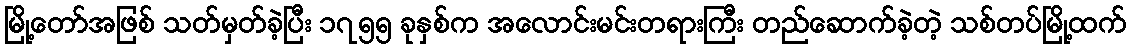
မြို့တော်အဖြစ် သတ်မှတ်ခဲ့ပြီး ၁၇၅၅ ခုနှစ်က အလောင်းမင်းတရားကြီး တည်ဆောက်ခဲ့တဲ့ သစ်တပ်မြို့ထက်